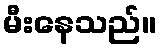
မီးနေသည်။